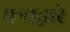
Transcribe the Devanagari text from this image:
पत्राद्वारे